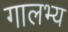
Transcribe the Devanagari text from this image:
गालभ्य